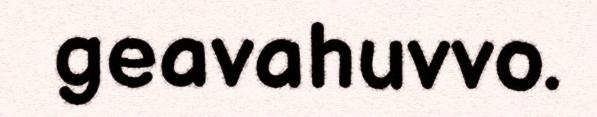
geavahuvvo.